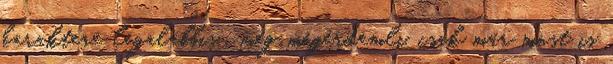
karaktere legalábbis , meg megérdemli, csak már most is